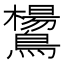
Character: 鸉